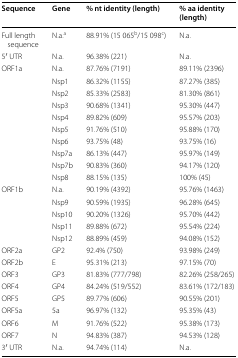
<table><thead><tr><td><b>Sequence</b></td><td><b>Gene</b></td><td><b>% nt identity (length)</b></td><td><b>% aa identity (length)</b></td></tr></thead><tbody><tr><td>Full length sequence</td><td>N.a.<sup>a</sup></td><td>88.91% (15 065<sup>b</sup>/15 098<sup>c</sup>)</td><td>N.a.</td></tr><tr><td>5′ UTR</td><td>N.a.</td><td>96.38% (221)</td><td>N.a.</td></tr><tr><td rowspan="10">ORF1a</td><td>N.a.</td><td>87.76% (7191)</td><td>89.11% (2396)</td></tr><tr><td>Nsp1</td><td>86.32% (1155)</td><td>87.27% (385)</td></tr><tr><td>Nsp2</td><td>85.33% (2583)</td><td>81.30% (861)</td></tr><tr><td>Nsp3</td><td>90.68% (1341)</td><td>95.30% (447)</td></tr><tr><td>Nsp4</td><td>89.82% (609)</td><td>95.57% (203)</td></tr><tr><td>Nsp5</td><td>91.76% (510)</td><td>95.88% (170)</td></tr><tr><td>Nsp6</td><td>93.75% (48)</td><td>93.75% (16)</td></tr><tr><td>Nsp7a</td><td>86.13% (447)</td><td>95.97% (149)</td></tr><tr><td>Nsp7b</td><td>90.83% (360)</td><td>94.17% (120)</td></tr><tr><td>Nsp8</td><td>88.15% (135)</td><td>100% (45)</td></tr><tr><td rowspan="5">ORF1b</td><td>N.a.</td><td>90.19% (4392)</td><td>95.76% (1463)</td></tr><tr><td>Nsp9</td><td>90.59% (1935)</td><td>96.28% (645)</td></tr><tr><td>Nsp10</td><td>90.20% (1326)</td><td>95.70% (442)</td></tr><tr><td>Nsp11</td><td>89.88% (672)</td><td>95.54% (224)</td></tr><tr><td>Nsp12</td><td>88.89% (459)</td><td>94.08% (152)</td></tr><tr><td>ORF2a</td><td>GP2</td><td>92.4% (750)</td><td>93.98% (249)</td></tr><tr><td>ORF2b</td><td>E</td><td>95.31% (213)</td><td>97.15% (70)</td></tr><tr><td>ORF3</td><td>GP3</td><td>81.83% (777/798)</td><td>82.26% (258/265)</td></tr><tr><td>ORF4</td><td>GP4</td><td>84.24% (519/552)</td><td>83.61% (172/183)</td></tr><tr><td>ORF5</td><td>GP5</td><td>89.77% (606)</td><td>90.55% (201)</td></tr><tr><td>ORF5a</td><td>5a</td><td>96.97% (132)</td><td>95.35% (43)</td></tr><tr><td>ORF6</td><td>M</td><td>91.76% (522)</td><td>95.38% (173)</td></tr><tr><td>ORF7</td><td>N</td><td>94.83% (387)</td><td>94.53% (128)</td></tr><tr><td>3′ UTR</td><td>N.a.</td><td>94.74% (114)</td><td>N.a. </td></tr></tbody></table>